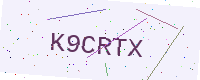
Text: K9CRTX